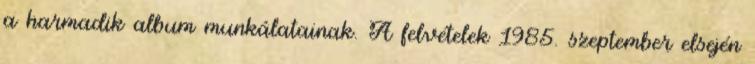
a harmadik album munkálatainak. A felvételek 1985. szeptember elsején